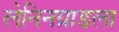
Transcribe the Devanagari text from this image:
लेनिनग्राडला